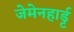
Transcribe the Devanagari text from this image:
जेमेनहार्ड्ट